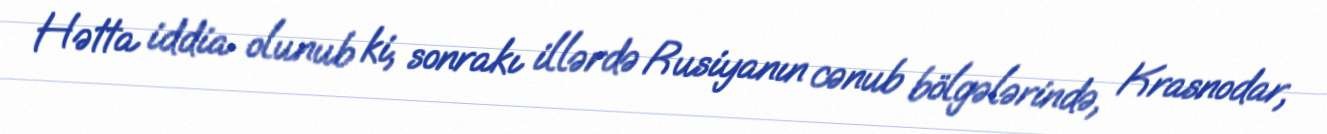
Hətta iddia olunub ki, sonrakı illərdə Rusiyanın cənub bölgələrində, Krasnodar,